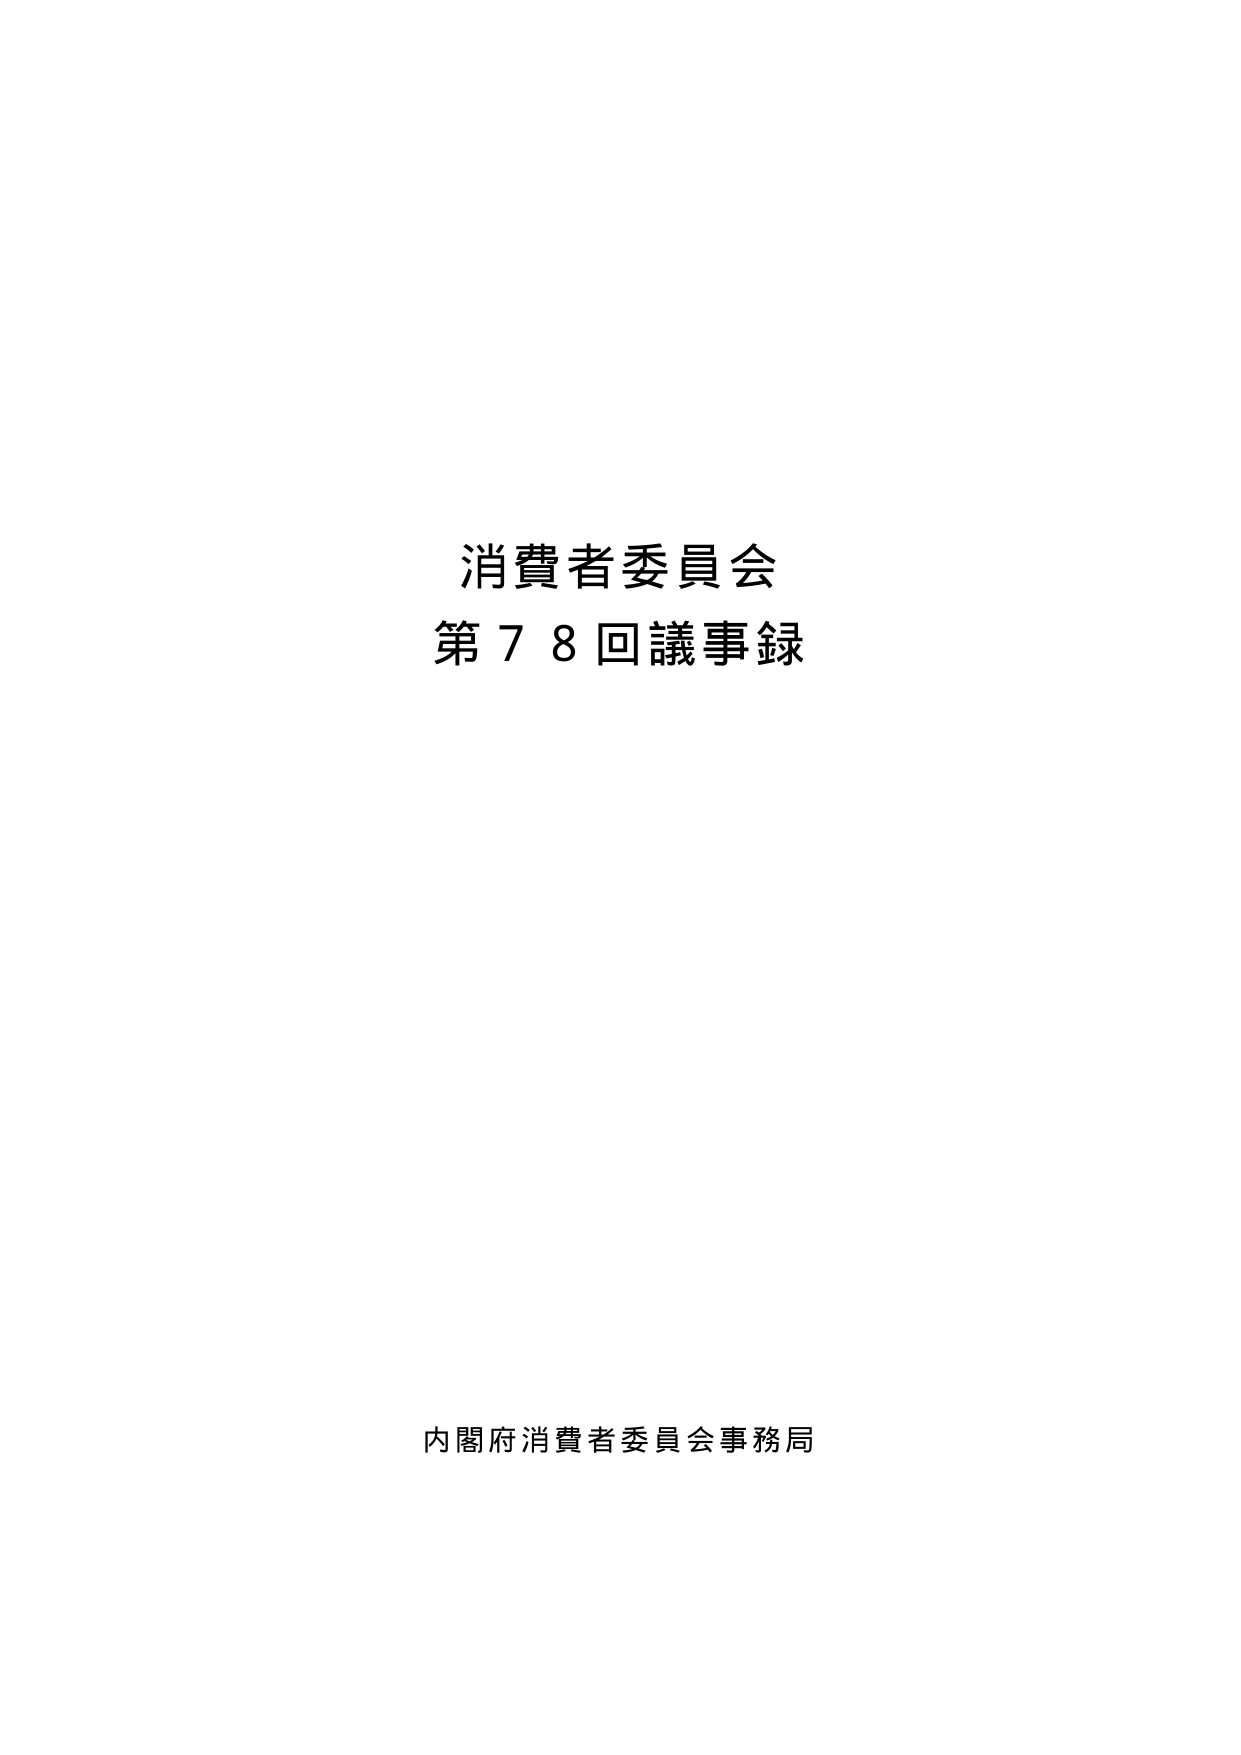
消費者委員会
第７８回議事録

内閣府消費者委員会事務局